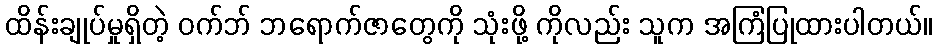
ထိန်းချုပ်မှုရှိတဲ့ ဝက်ဘ် ဘရောက်ဇာတွေကို သုံးဖို့ ကိုလည်း သူက အကြံပြုထားပါတယ်။